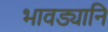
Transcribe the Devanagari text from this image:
भावड्यानि